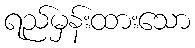
ရည်မှန်းထားသော